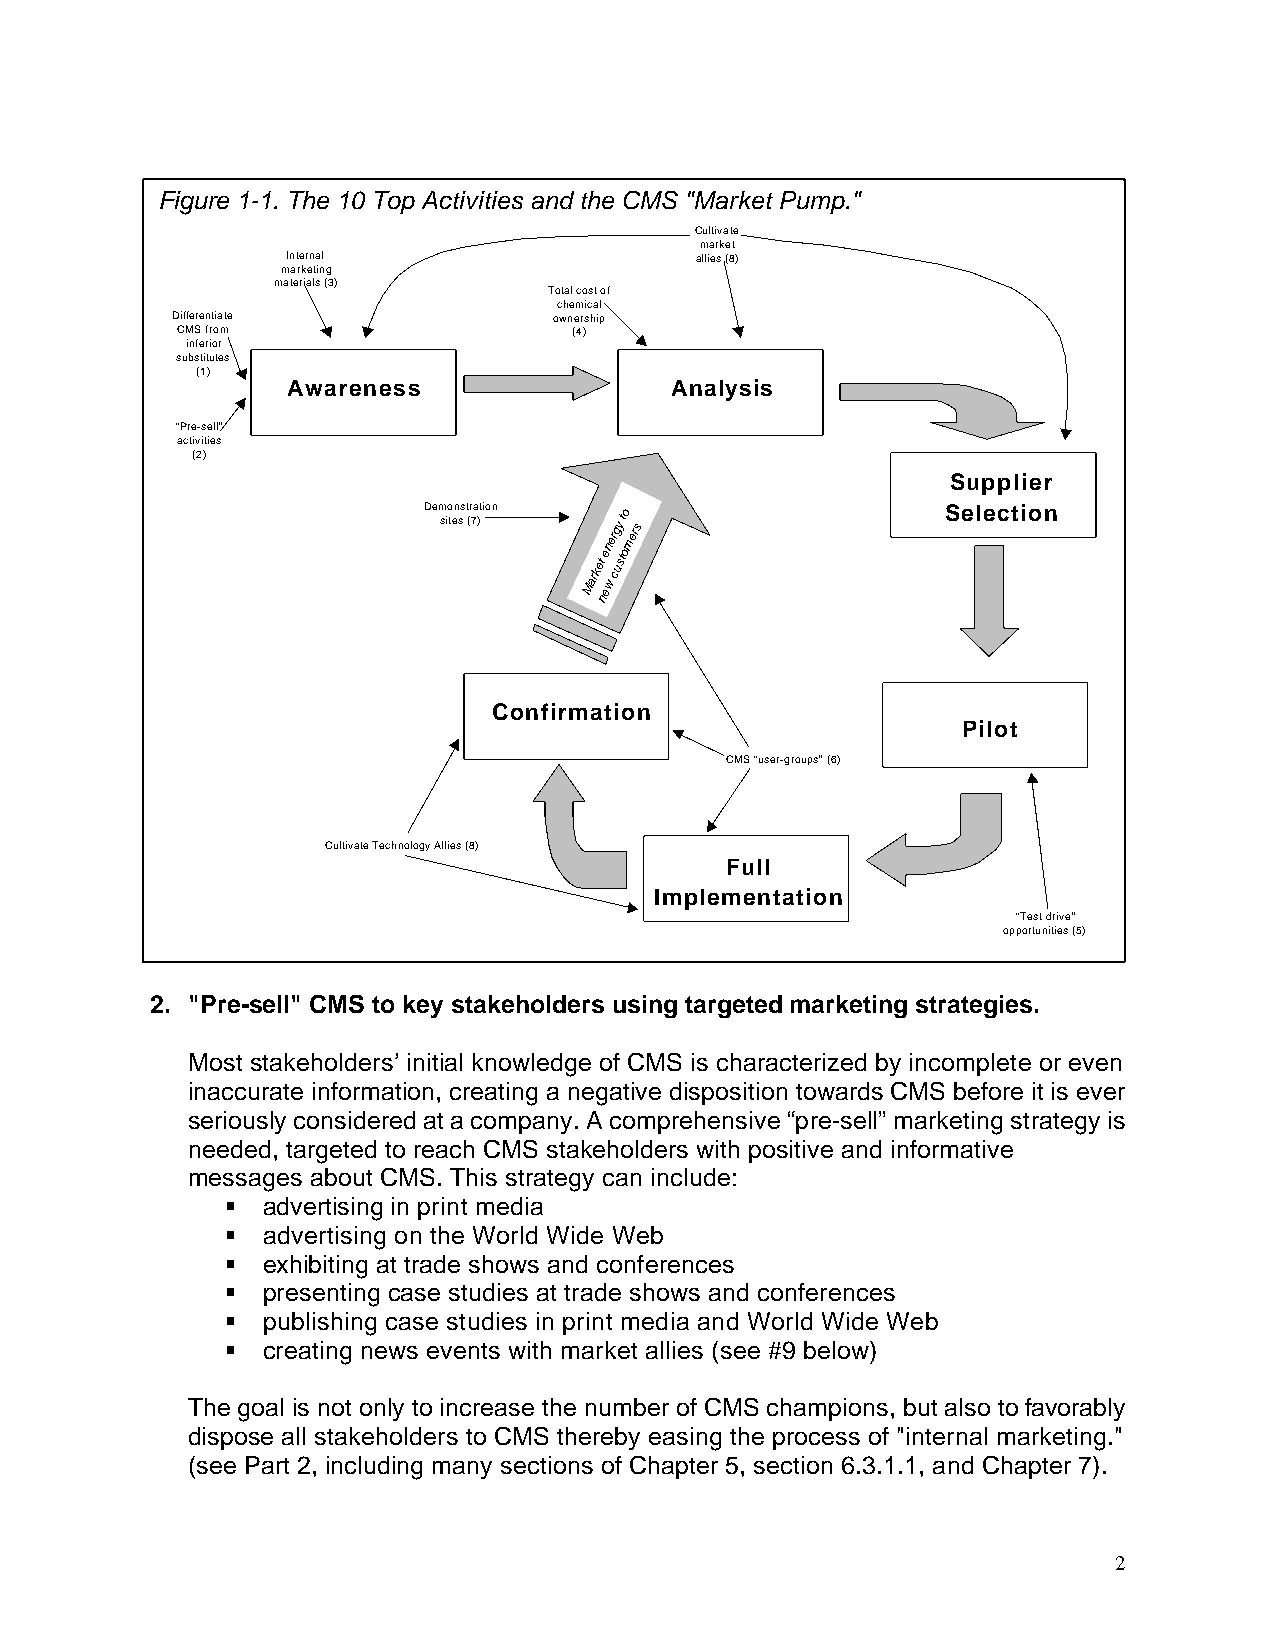
Figure 1-1. The 10 Top Activities and the CMS "Market Pump."
 Cultivate
 market
 Internal                   allies (8)
 marketing
 materials (3)
 Total cost of
 chemical
 Differentiate             ownership
 CMS from                  (4)
 inferior
 substitutes
 (1)
 Awareness                Analysis
 “Pre-sell”
 activities
 (2)
 Supplier
 Demonstration o                    Selection
 sites (7)
 Market
 e
 en
 w
 er
 cg uy
 s
 tt omers
 n
 Confirmation
 Pilot
 CMS “user-groups” (6)
 Cultivate Technology Allies (8)
 Full
 Implementation
 “Test drive”
 opportunities (5)
 2. "Pre-sell" CMS to key stakeholders using targeted marketing strategies.
 Most stakeholders’ initial knowledge of CMS is characterized by incomplete or even
 inaccurate information, creating a negative disposition towards CMS before it is ever
 seriously considered at a company. A comprehensive “pre-sell” marketing strategy is
 needed, targeted to reach CMS stakeholders with positive and informative
 messages about CMS. This strategy can include:
 § advertising in print media
 § advertising on the World Wide Web
 § exhibiting at trade shows and conferences
 § presenting case studies at trade shows and conferences
 § publishing case studies in print media and World Wide Web
 § creating news events with market allies (see #9 below)
 The goal is not only to increase the number of CMS champions, but also to favorably
 dispose all stakeholders to CMS thereby easing the process of "internal marketing."
 (see Part 2, including many sections of Chapter 5, section 6.3.1.1, and Chapter 7).
 2